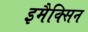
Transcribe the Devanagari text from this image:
इमैक्सिन